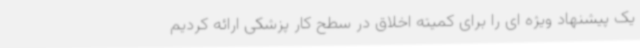
یک پیشنهاد ویژه ای را برای کمیته اخلاق در سطح کار پزشکی ارائه کردیم